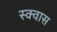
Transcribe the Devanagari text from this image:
स्क्वास